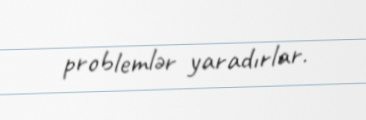
problemlər yaradırlar.